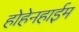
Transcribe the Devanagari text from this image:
होहेनहाईम